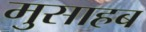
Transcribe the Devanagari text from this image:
मुसाहब